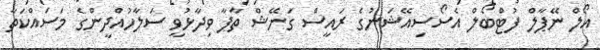
އޯލް ނޭޕާލް ފުޓްބޯލް އެސޯސިއޭޝަނުގެ ރައީސް ގަނޭޝް ތާޕާ ވިދާޅުވީ ސަލާހުއްދީންގެ މަސައްކަތާ